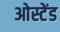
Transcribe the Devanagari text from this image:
ओस्टेंड